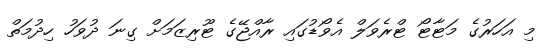
މި އަހަރުގެ މަޓާޓޯ ޓްރެވަލް އެވޯޑުގައި ރާއްޖޭގެ ޓޫރިޒަމަށް ގިނަ ދުވަހު ހިދުމަތް